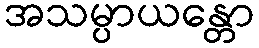
အသမ္ပာယန္တော